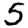
Digit: 5